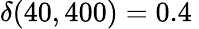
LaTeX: \delta(40,400)=0.4\